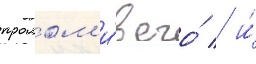
пролом'и́в его́ / и́